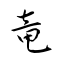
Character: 竜